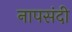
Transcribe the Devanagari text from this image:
नापसंदी